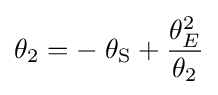
\theta _{2}=-\;\theta _{\rm {S}}+{\frac {\theta _{E}^{2}}{\theta _{2}}}